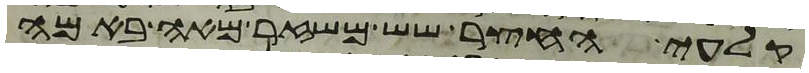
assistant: קלעי החצר שש משזר מאה באמה